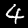
Digit: 4